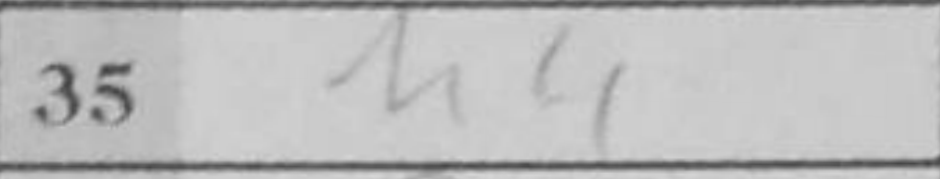
Transcription: h4